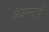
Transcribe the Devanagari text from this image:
लिहण्याची